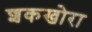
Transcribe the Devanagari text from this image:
शकखोरा